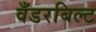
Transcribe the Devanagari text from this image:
वँडरबिल्ट